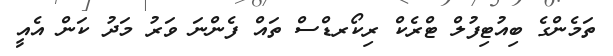
ތަމެންގެ ބިއުޓިފުލް ޓްރެކް ރިކޯރޑްސް ތައް ފެންނަ ވަރު މަދު ކަން އެއީ